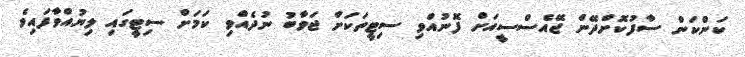
ކަންކަން ސާފުކޮށްދޭން ޖޭއެސްސީއަށް ފޮނުއްވި ސިޓީތަކަށް ޖަވާބު ނުދެއްވި ކަމަށް ސިޓީގައި ލިޔުއްވާފައިވެ